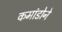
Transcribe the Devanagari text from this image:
कमांडोने